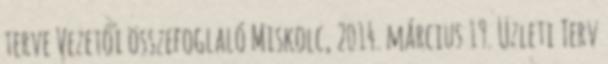
terve Vezetői összefoglaló Miskolc, 2014. március 19. Üzleti Terv